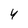
Character: 4